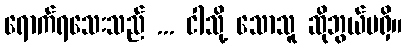
ရောက်ရသေးသည် ... ငါသို့ သောသူ ဆိုဘွယ်မရှိ။